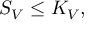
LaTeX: S _ { V } \leq K _ { V } ,